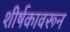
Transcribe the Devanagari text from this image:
शीर्षकावरून